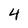
Character: 4